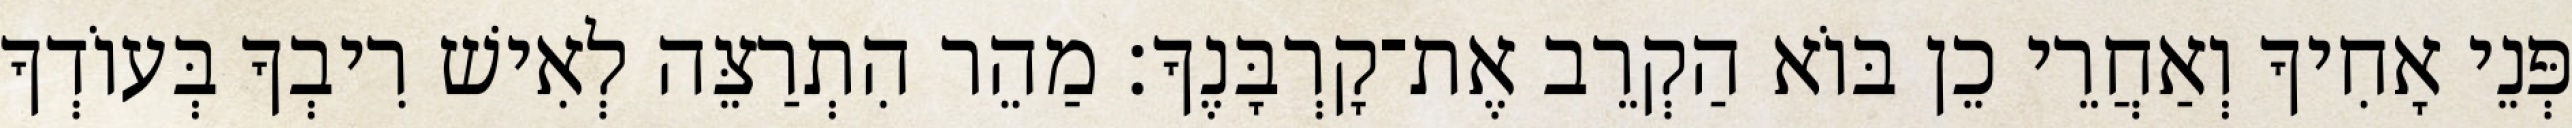
פְּנֵי אָחִיךָ וְאַחֲרֵי כֵן בּוֹא הַקְרֵב אֶת־קָרְבָּנֶךָ׃ מַהֵר הִתְרַצֵּה לְאִישׁ רִיבְךָ בְּעוֹדְךָ